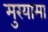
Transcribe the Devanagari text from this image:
मुरयामा